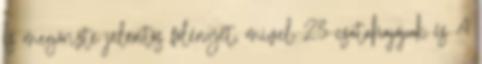
is megőrizte jelentős fölényét, mivel 23 csatahajójuk és 4